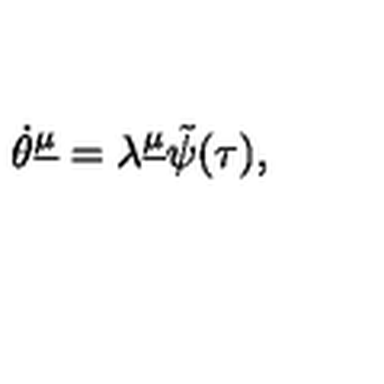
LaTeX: \dot { \theta } ^ { \underline { \mu } } = \lambda ^ { \underline { \mu } } \tilde { \psi } ( \tau ) ,